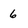
Character: 6